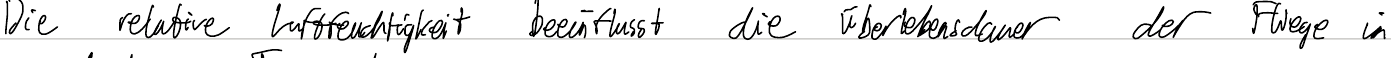
Die relative Luftfeuchtigkeit beeinflusst die Überlebensdauer der Fliege in